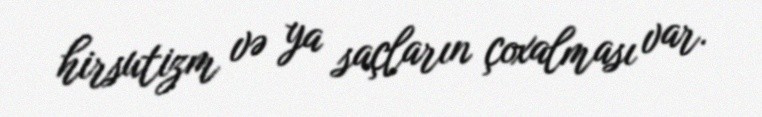
hirsutizm və ya saçların çoxalması var.